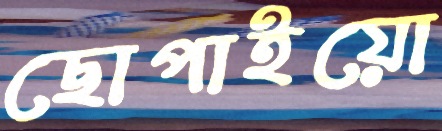
ছোপাইয়ো